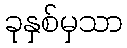
ခုနှစ်မှသာ